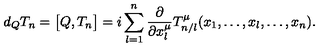
d _ { Q } T _ { n } = \bigl [ Q , T _ { n } \bigr ] = i \sum _ { l = 1 } ^ { n } \frac { \partial } { \partial x _ { l } ^ { \mu } } T _ { n / l } ^ { \mu } ( x _ { 1 } , \ldots , x _ { l } , \ldots , x _ { n } ) .